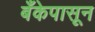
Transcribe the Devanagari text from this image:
बँकेपासून